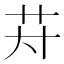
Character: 𱽌